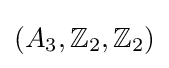
(A_{3},\mathbb {Z} _{2},\mathbb {Z} _{2})